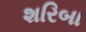
શરિબા